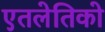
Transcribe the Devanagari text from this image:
एतलेतिको